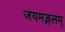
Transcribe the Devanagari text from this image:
जयमङ्गलम्‌